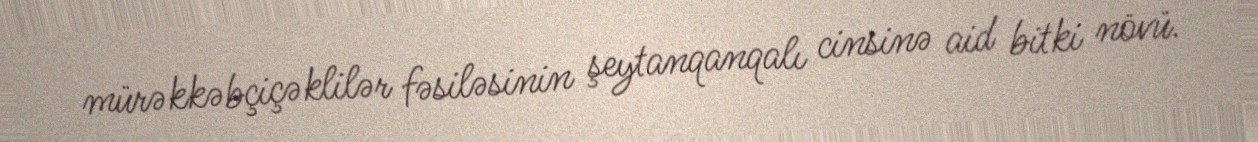
mürəkkəbçiçəklilər fəsiləsinin şeytanqanqalı cinsinə aid bitki növü.